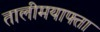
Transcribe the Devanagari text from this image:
तालीमयाफ्ता